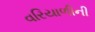
વરિયાળીની